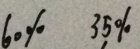
6 0 \% 3 5 \%